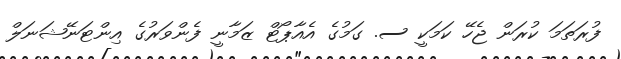
ފުރަތަމަ ކުރަން ޖެހޭ ކަމަކީ ސ. ގަމުގެ އެއާޕޯޓް ޒަމާނީ ފެންވަރުގެ އިންޓަނޭޝަނަލް